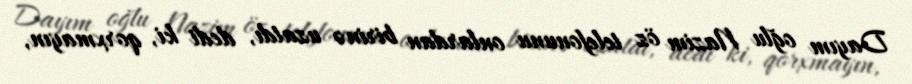
Dayım oğlu Nazim öz telefonunu onlardan birinə uzatdı, dedi ki, qorxmayın,